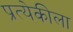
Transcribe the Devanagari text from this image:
प्रत्येकीला